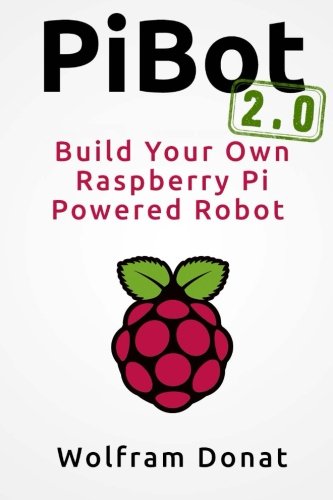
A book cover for Pibot: Build Your Own Raspberry Pi Powered Robot 2.0: Revised and Updated; Wolfram Donat; Computers & Technology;